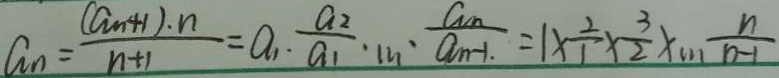
a _ { n } = \frac { ( a _ { n } + 1 ) \cdot n } { n + 1 } = a _ { 1 } \cdot \frac { a _ { 2 } } { a _ { 1 } } \cdot m \cdot \frac { a _ { n } } { a _ { n - 1 } . } = 1 \times \frac { 2 } { 1 } \times \frac { 3 } { 2 } \times m \frac { n } { n - 1 }